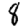
Digit: 8